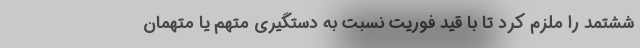
ششتمد را ملزم کرد تا با قید فوریت نسبت به دستگیری متهم یا متهمان